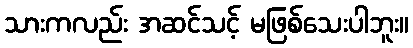
သားကလည်း အဆင်သင့် မဖြစ်သေးပါဘူး။